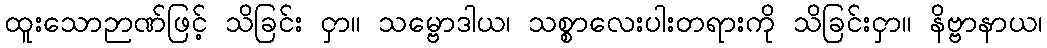
ထူးသောဉာဏ်ဖြင့် သိခြင်း ငှာ။ သမ္ဗောဒါယ၊ သစ္စာလေးပါးတရားကို သိခြင်းငှာ။ နိဗ္ဗာနာယ၊